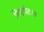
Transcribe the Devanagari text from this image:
निशचेतना